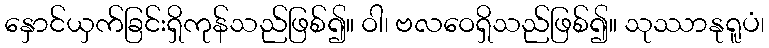
နှောင်ယှက်ခြင်းရှိကုန်သည်ဖြစ်၍။ ဝါ၊ ဗလဝေရှိသည်ဖြစ်၍။ သုဿာနုရူပံ၊